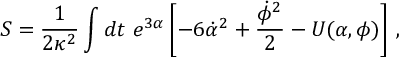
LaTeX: S = \frac { 1 } { 2 \kappa ^ { 2 } } \int { d t \ e ^ { 3 \alpha } \left[ - 6 \dot { \alpha } ^ { 2 } + \frac { \dot { \phi } ^ { 2 } } { 2 } - U ( \alpha , \phi ) \right] } \ ,